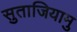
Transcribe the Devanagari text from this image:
सुताजियामु